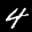
Label: 4